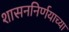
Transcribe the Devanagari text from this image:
शासननिर्णयाच्या